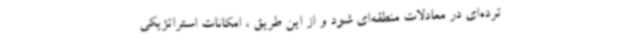
ترده‌ای در معادلات منطقه‌ای شود و از این طریق ، امکانات استراتژیکی